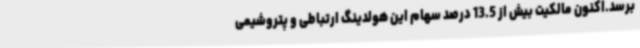
برسد.اکنون مالکیت بیش از 13.5 درصد سهام این هولدینگ ارتباطی و پتروشیمی